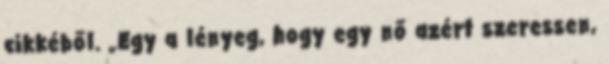
cikkéből. „Egy a lényeg, hogy egy nő azért szeressen,